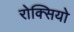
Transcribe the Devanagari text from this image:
रोक्सियो